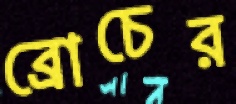
ব্রোচের